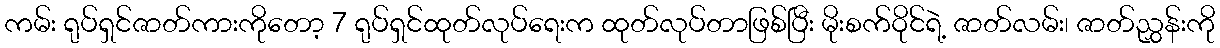
ကမ်း ရုပ်ရှင်ဇာတ်ကားကိုတော့ 7 ရုပ်ရှင်ထုတ်လုပ်ရေးက ထုတ်လုပ်တာဖြစ်ပြီး မိုးစက်ဝိုင်ရဲ့ ဇာတ်လမ်း၊ ဇာတ်ညွှန်းကို